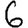
Digit: 6